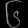
Digit: ၆